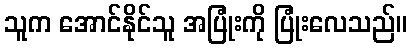
သူက အောင်နိုင်သူ အပြုံးကို ပြုံးလေသည်။